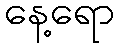
နေ့ရော